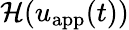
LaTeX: \mathcal{H}(u_{\mathrm{app}}(t))